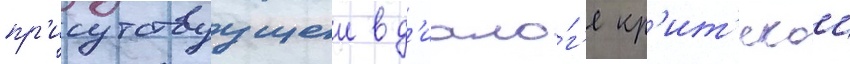
пр'исутствуущеи в д'иало́г'е кр'ит'икои